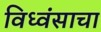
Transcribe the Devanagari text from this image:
विध्वंसाचा